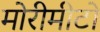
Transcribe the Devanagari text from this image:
मोरीमीटो